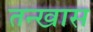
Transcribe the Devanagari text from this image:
तन्खास